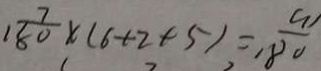
\frac { 7 } { 1 8 0 } \times ( 6 + 2 + 5 ) = \frac { 9 } { 8 0 }